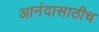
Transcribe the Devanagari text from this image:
आनंदासाठीच